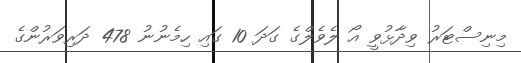
މިނިސްޓަރު ވިދާޅުވީ އޯ ލެވެލްގެ ގަދަ 10 ގައި ހިމެނުނު 478 ދަރިވަރުންގެ